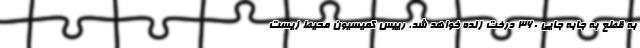
به قطع به جابه جایی ۳۶۰ درخت زنده خواهد شد. رییس کمیسیون محیط زیست